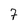
Character: 7